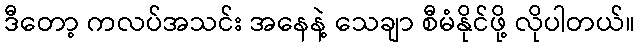
ဒီတော့ ကလပ်အသင်း အနေနဲ့ သေချာ စီမံနိုင်ဖို့ လိုပါတယ်။